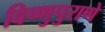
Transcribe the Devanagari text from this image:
विष्णुपुराणे